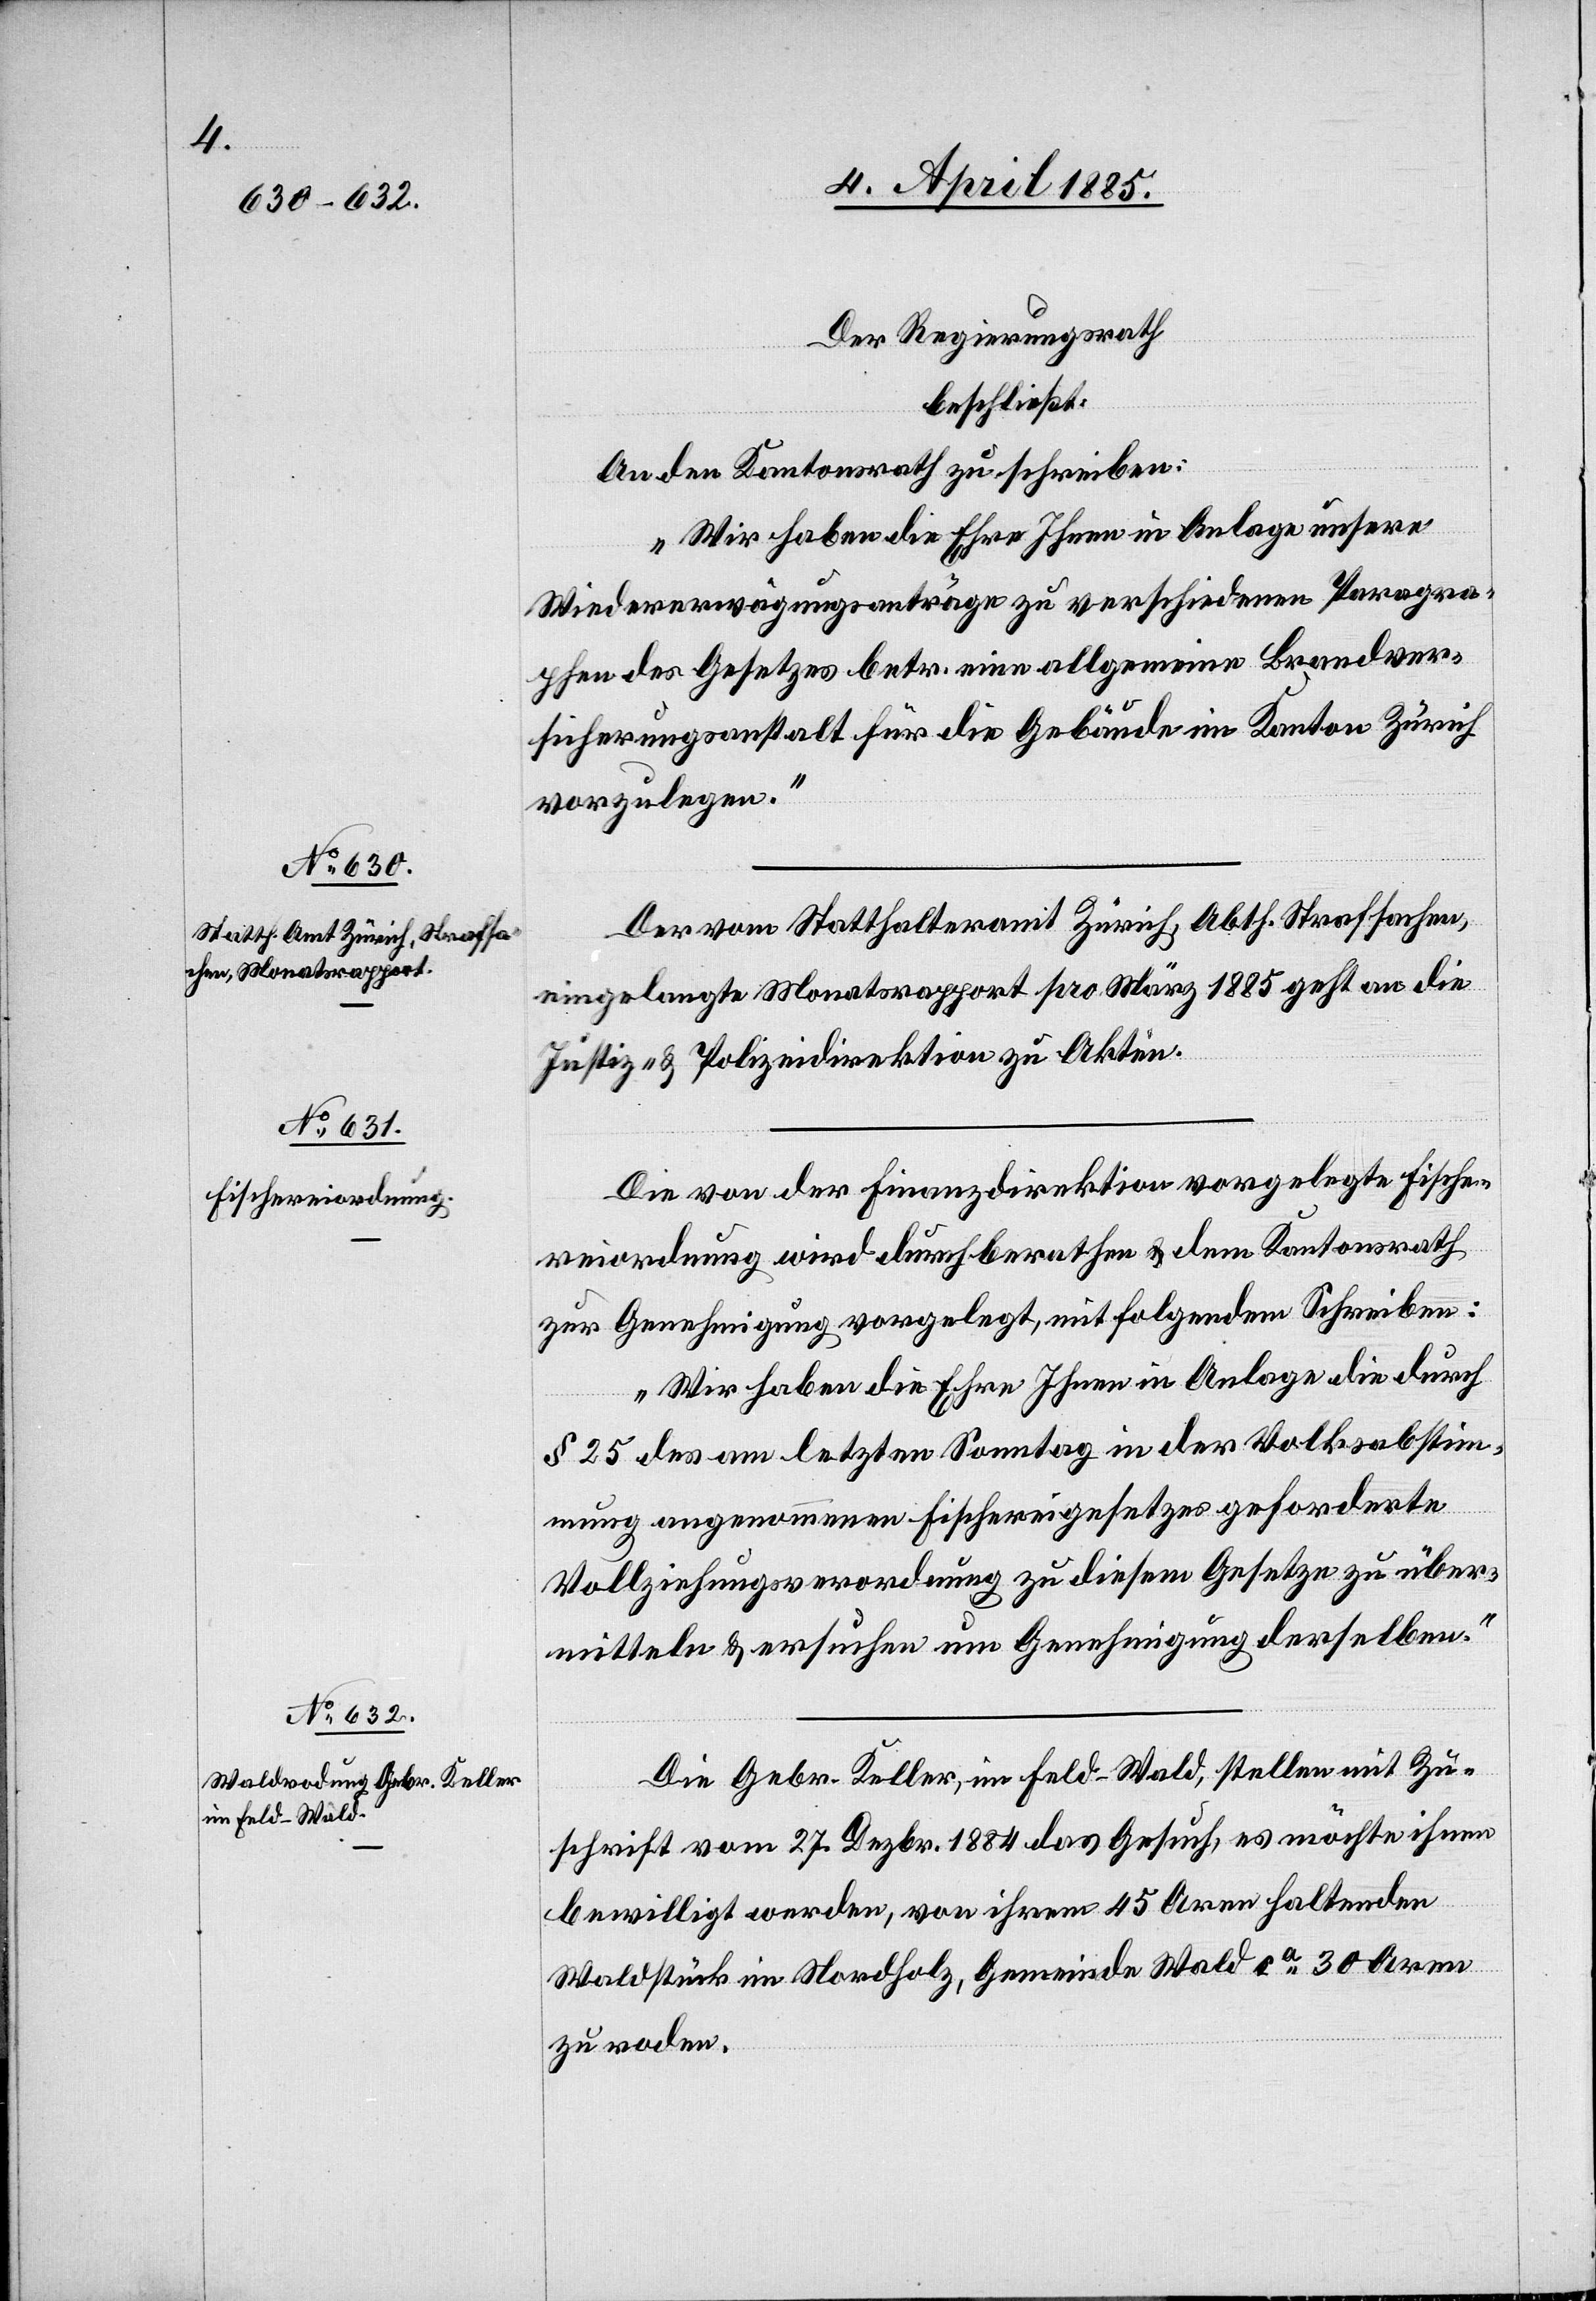
Der Regierungsrath
beschließt:
An den Kantonsrath zu schreiben:
„Wir haben die Ehre Ihnen in Anlage unsere
Wiedererwägungsanträge zu verschiedenen Paragra¬
phen des Gesetzes betr. eine allgemeine Brandver¬
sicherungsanstalt für die Gebäude im Kanton Zürich
vorzulegen.“
Der vom Statthalteramt Zürich, Abth. Strafsachen,
eingelangte Monatsrapport pro März 1885 geht an die
Justiz- & Polizeidirektion zu Akten.
Die von der Finanzdirektion vorgelegte Fische¬
reiordnung wird durchberathen & dem Kantonsrath
zur Genehmigung vorgelegt, mit folgendem Schreiben:
„Wir haben die Ehre Ihnen in Anlage die durch
§ 25 des am letzten Sonntag in der Volksabstim¬
mung angenommenen Fischereigesetzes geforderte
Vollziehungsverordnung zu diesem Gesetze zu über¬
mitteln & ersuchen um Genehmigung derselben.“
Die Gebr. Keller, im Feld - Wald, stellen mit Zu¬
schrift vom 27. Dezbr. 1884 das Gesuch, es möchte ihnen
bewilligt werden, von ihrem 45 Aren haltenden
Waldstück im Nordholz, Gemeinde Wald ca 30 Aren
zu roden.